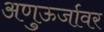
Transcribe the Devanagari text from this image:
अणुऊर्जावर